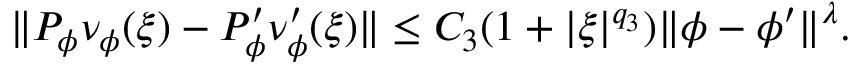
\| P _ { \phi } \nu _ { \phi } ( \xi ) - P _ { \phi } ^ { \prime } \nu _ { \phi } ^ { \prime } ( \xi ) \| \le C _ { 3 } ( 1 + | \xi | ^ { q _ { 3 } } ) \| \phi - \phi ^ { \prime } \| ^ { \lambda } .